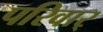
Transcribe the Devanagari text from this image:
परिवार्